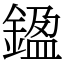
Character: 𨩙